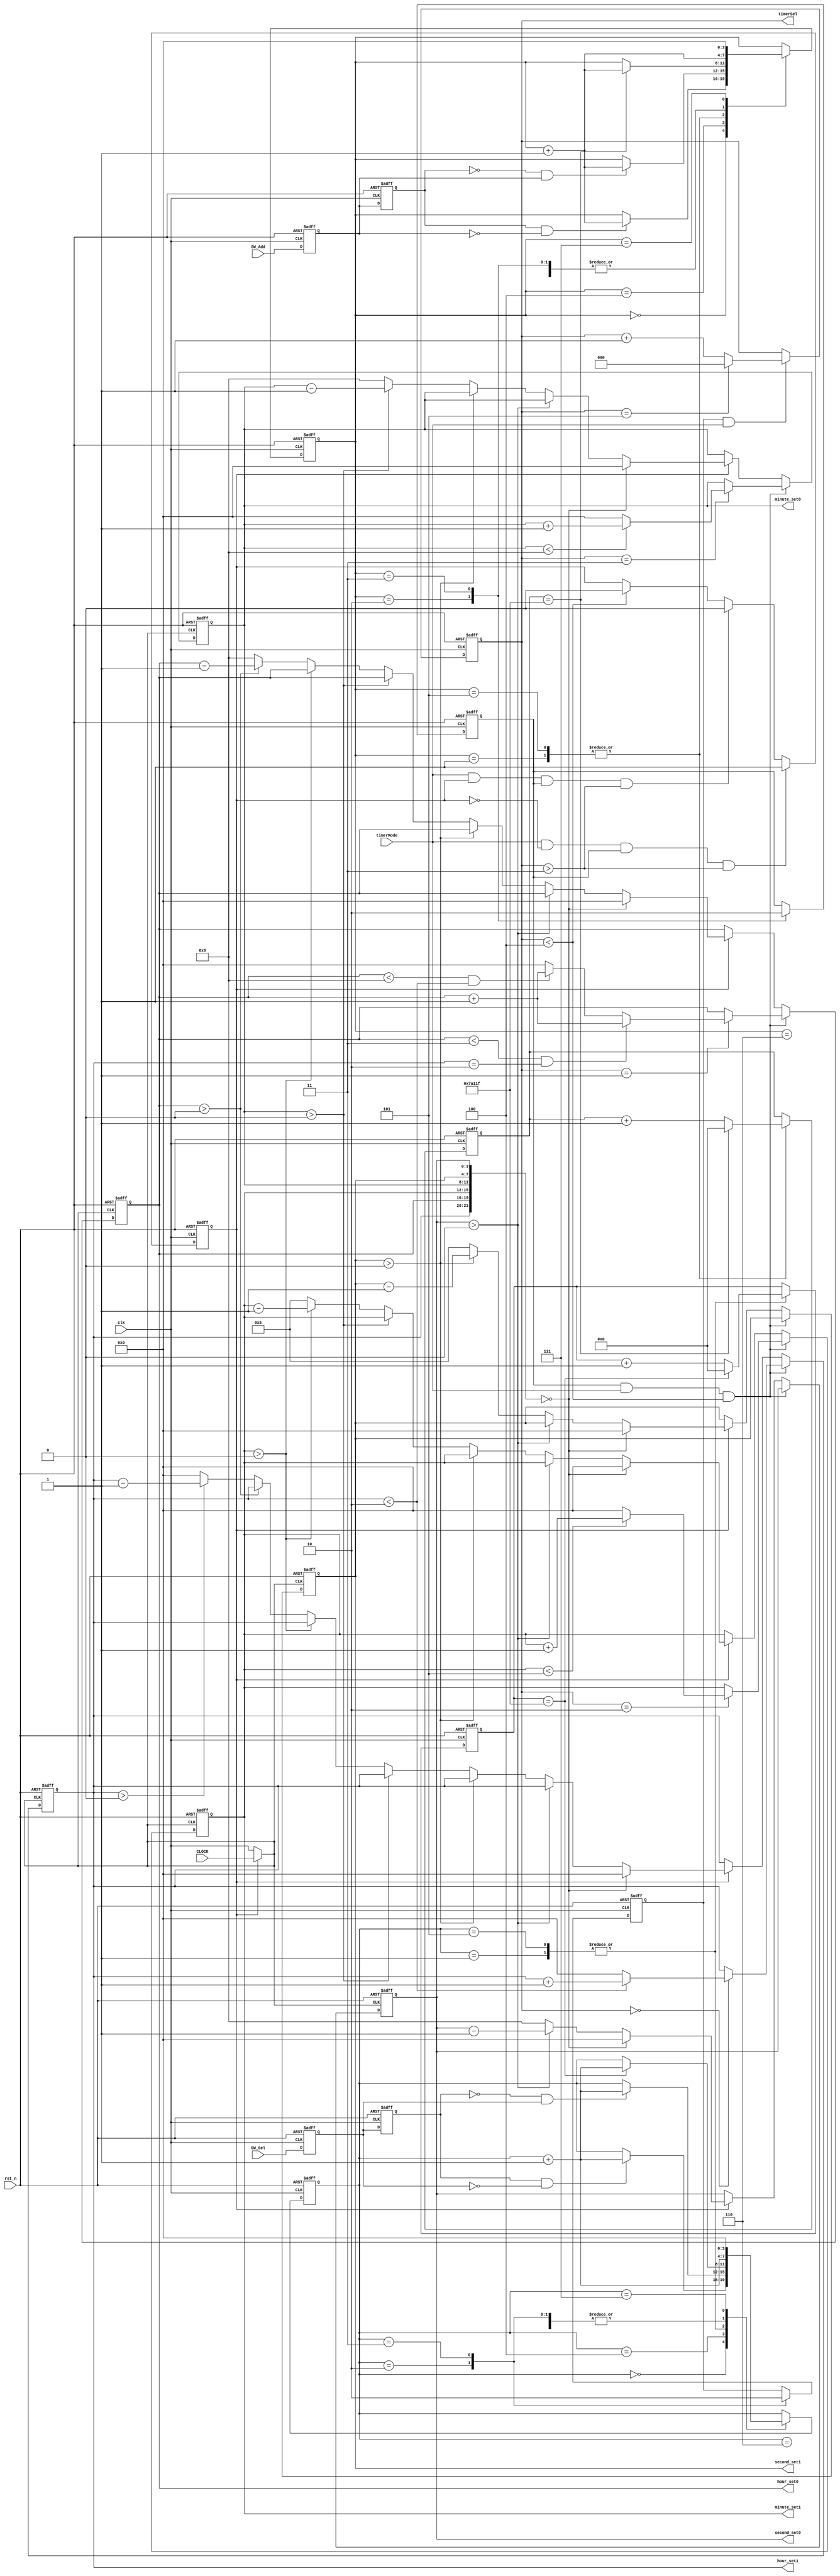
module timerMod(
	input 			  clk,
	input            CLOCK,
	input 			  SW_Sel,										//
	input   			  SW_Add,										//
	input 			  timerMode,
	input 			  rst_n,	  
	output reg [2:0] timerSel,					//
	output reg [3:0] hour_set1,hour_set0,
	output reg [3:0] minute_set1,minute_set0, 	//
	output reg [3:0] second_set1, second_set0
	);

	parameter T400MS = 21'd50_0000;
	
	//***********************************************
	reg F2, F1;
	
	always @ (posedge clk or negedge rst_n)
	begin
		if (!rst_n)
		begin 
			{F2, F1} <= 2'b11;
		end
		else
			{F2, F1} <= {F1, SW_Sel};
	end
	
	wire isSW_SelH2L = (F2 == 1 && F1 == 0);
	wire isSW_SelL2H = (F2 == 0 && F1 == 1);
	
	reg [3:0] i;
	reg isSW_SelPress, isSW_SelRelease;
	reg [18:0] C1;
	
	always @ ( posedge clk or negedge rst_n )
	begin 
		if (!rst_n)
		begin 
			i <= 4'd0;
			{isSW_SelPress, isSW_SelRelease} <= 2'b00;
			C1 <= 19'd0;
		end
		else 
		begin 
			case (i)
				0:
				if (isSW_SelH2L) i <= i + 1'b1;
				1:
				if (C1 == T400MS - 1) begin C1 <= 19'd0; i <= i + 1'b1; end
				else C1 <= C1 + 1'b1;
				2:
				begin isSW_SelPress <= 1'b1; i <= i + 1'b1; end
				3:
				begin isSW_SelPress <= 1'b0; i <= i + 1'b1; end
				4:
				begin if (isSW_SelL2H) i <= i + 1'b1; end
				5:
				if (C1 == T400MS - 1) begin C1 <= 19'd0; i <= i + 1'b1; end
				else C1 <= C1 + 1'b1;
				6:
				begin isSW_SelRelease <= 1'b1; i <= i + 1'b1; end
				7:
				begin isSW_SelRelease <= 1'b0; i <= 4'd0; end
			endcase
		end
	end
	//*************************************************************
	//**************************************************
	reg F4, F3;
	
	always @ (posedge clk or negedge rst_n)
	begin
		if (!rst_n)
		begin 
			{F4, F3} <= 2'b11;
		end
		else
			{F4, F3} <= {F3, SW_Add};
	end
	
	wire isSW_AddH2L = (F4 == 1 && F3 == 0);
	wire isSW_AddL2H = (F4 == 0 && F3 == 1);
	
	reg [3:0] _i;
	reg isSW_AddPress, isSW_AddRelease;
	reg [18:0] C2;
	
	always @ ( posedge clk or negedge rst_n )
	begin 
		if (!rst_n)
		begin 
			_i <= 4'd0;
			{isSW_AddPress, isSW_AddRelease} <= 1'b0;
			C2 <= 19'd0;
		end
		else 
		begin 
			case (_i)
				0:
				if (isSW_AddH2L) _i <= _i + 1'b1;
				1:
				if (C2 == T400MS - 1) begin C2 <= 19'd0; _i <= _i + 1'b1; end
				else C2 <= C2 + 1'b1;
				2:
				begin isSW_AddPress <= 1'b1; _i <= _i + 1'b1; end
				3:
				begin isSW_AddPress <= 1'b0; _i <= _i + 1'b1; end
				4:
				if (isSW_AddL2H) _i <= _i + 1'b1;
				5:
				if (C2 == T400MS - 1) begin C2 <= 19'd0; _i <= _i + 1'b1; end
				else C2 <= C2 + 1'b1;
				6:
				begin isSW_AddRelease <= 1'b1; _i <= _i + 1'b1; end
				7:
				begin isSW_AddRelease <= 1'b0; _i <= 4'd0; end
			endcase
		end
	end
	//*************************************************************
	always @ (posedge clk or negedge rst_n)
	begin 
		if (!rst_n)
		begin 
			timerSel <= 3'd0;
		end
		else 
		begin
			if (isSW_SelPress && timerMode)
			begin 
				if (timerSel == 3'd5)
					timerSel <= 3'd0;
				else 
					timerSel <= timerSel + 1'b1;
			end
		end
	end
	
	//**************************timer*************************
	reg timerStatus;
	always @ (posedge clk or negedge rst_n)
	begin
		if (!rst_n)
		begin
			timerStatus <= 1'b0;
		end
		else 
		begin
			if (timerMode && !timerStatus && isSW_AddPress && timerSel > 4'd3)
			begin
				timerStatus <= 1'b1;
			end	
			else if (timerMode && timerStatus && isSW_AddPress && timerSel > 4'd3)
			begin
				timerStatus <= 1'b0;
			end
			else if (timerSel < 4'd4)
				timerStatus <= 1'b0;
			else
			begin
				timerStatus <= timerStatus;
			end
		end
	end
	
	always @ (posedge (timerStatus ? CLOCK : clk) or negedge rst_n)
	begin 
		if (!rst_n)
		begin 
			hour_set1 <= 4'd0;
			hour_set0 <= 4'd0;
			minute_set1 <= 4'd0;
			minute_set0 <= 4'd0;
			second_set1 <= 4'd0;
			second_set0 <= 4'd0;
		end
		else 
		begin 
			if (isSW_AddPress && timerMode && (timerSel < 4'd4))
			begin 
				//timerStatus <= 1'b0;   //
				case (timerSel)
					3'd0:
					begin 
						if (hour_set1 < 4'd2)
							hour_set1 <= hour_set1 + 1'b1;
						else 
							hour_set1 <= 4'd0;
					end
					3'd1:
					begin 
						if (hour_set0 < 4'd3 && hour_set1 == 4'd2)
							hour_set0 <= hour_set0 + 1'b1;
						else if (hour_set0 < 4'd9 && hour_set1 < 4'd2)
							hour_set0 <= hour_set0 + 1'b1;
						else
							hour_set0 <= 4'd0;
					end
					3'd2:
					begin 
						if (minute_set1 < 4'd5)
							minute_set1 <= minute_set1 + 1'b1;
						else 
							minute_set1 <= 4'd0;
					end
					3'd3:
					begin 
						if (minute_set0 < 4'd9)
							minute_set0 <= minute_set0 + 1'b1;
						else
							minute_set0 <= 4'd0;
					end
					3'd4:
					begin 
					
					end
					3'd5:
					begin 
					
					end
				endcase
			end
			else if(timerStatus)
			begin
				if ({hour_set1, hour_set0, minute_set1, minute_set0, second_set1, second_set0} == 24'd0)
					{hour_set1, hour_set0, minute_set1, minute_set0, second_set1, second_set0} = 24'd0;
				else if (second_set0 > 4'd0)
					second_set0 <= second_set0 - 1'b1;
				else 
				begin
					second_set0 <= 4'd9;
					if (second_set1 > 4'd0)
					begin
						second_set1 <= second_set1 - 1'b1;
					end
					else
					begin
						second_set1 <= 4'd5;
						if (minute_set0 > 4'd0)
						begin
							minute_set0 <= minute_set0 - 1'b1;
						end
						else
						begin
							minute_set0 <= 4'd9;
							if (minute_set1 > 4'd0)
							begin
								minute_set1 <= minute_set1 - 1'b1;
							end
							else
							begin
								minute_set1 <= 4'd5;
								if (hour_set0 > 4'd0)
								begin
									hour_set0 <= hour_set0 - 1'b1;
								end
								else
								begin
									hour_set0 <= 4'd9;
									if (hour_set1 > 4'd0)
									begin
										hour_set1 <= hour_set1 - 1'b1;
									end
									else
									begin
										hour_set1 <= 4'd0;
									end
								end
							end
						end
					end
				end
			end
		end
	end

endmodule